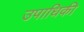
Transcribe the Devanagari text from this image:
उपाधिकी